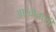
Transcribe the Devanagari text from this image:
आखाताशी